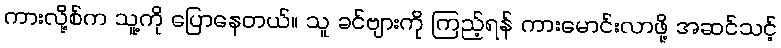
ကားလို့စ်က သူ့ကို ပြောနေတယ်။ သူ ခင်ဗျားကို ကြည့်ရန် ကားမောင်းလာဖို့ အဆင်သင့်